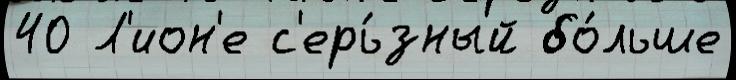
40 Л'ион'е с'ерь́зный бо́льше